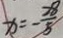
x = - \frac { 2 8 } { 5 }